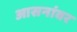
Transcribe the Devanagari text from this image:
आसनांवर